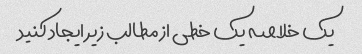
یک خلاصه یک خطی از مطالب زیر ایجاد کنید